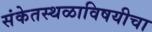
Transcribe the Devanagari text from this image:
संकेतस्थळाविषयीचा